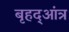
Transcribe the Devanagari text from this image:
बृहद्आंत्र